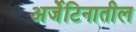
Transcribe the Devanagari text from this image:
अर्जेंटिनातील